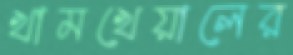
খামখেয়ালের